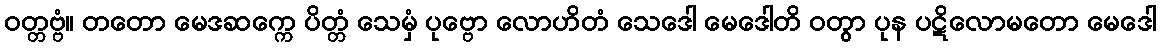
ဝတ္တဗ္ဗံ။ တတော မေဒဆက္ကေ ပိတ္တံ သေမှံ ပုဗ္ဗော လောဟိတံ သေဒေါ မေဒေါတိ ဝတွာ ပုန ပဋိလောမတော မေဒေါ